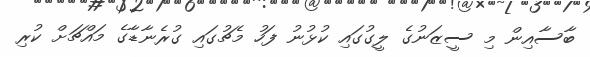
ބާސާއިން މި ސީޒަނުގެ ލީގުގައި ކުޅުނު ފަހު މެޗުގައި ގުރެނާޑާގެ މައްޗަށް ކުރި